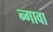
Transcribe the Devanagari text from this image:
न्गावा